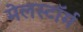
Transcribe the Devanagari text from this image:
मेलस्टाॅर्म